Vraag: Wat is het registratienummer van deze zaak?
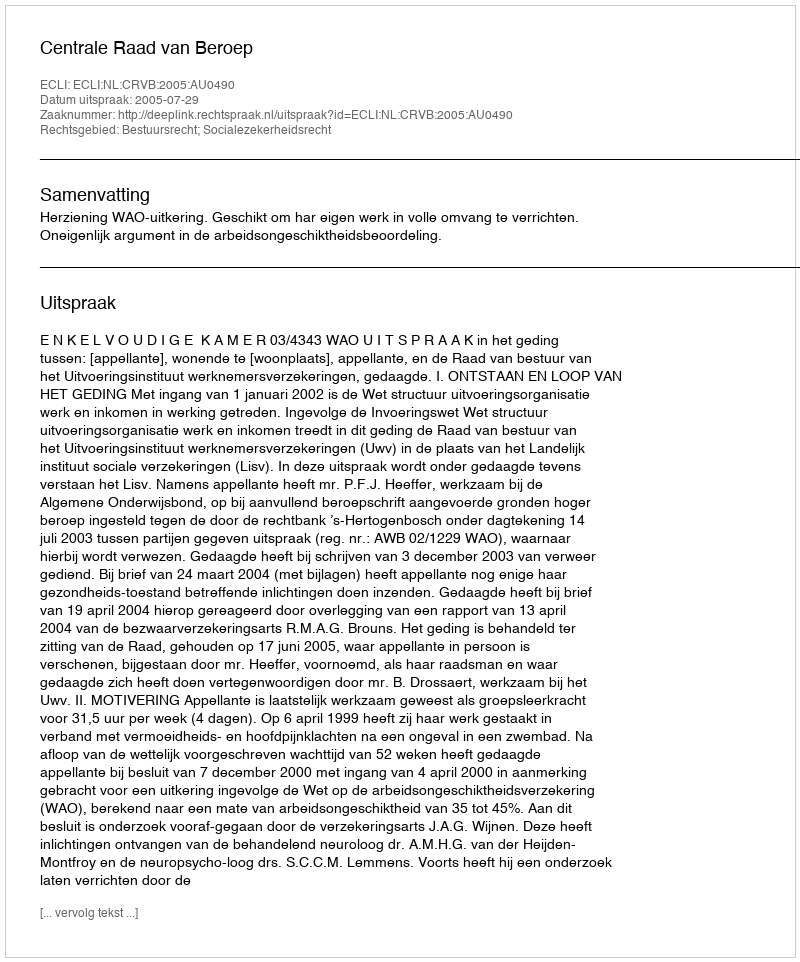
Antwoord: http://deeplink.rechtspraak.nl/uitspraak?id=ECLI:NL:CRVB:2005:AU0490